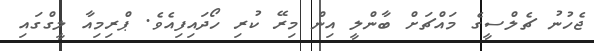
ޖެހުނު ޗެލްސީގެ މައްޗަށް ބާންލީ އިން މިރޭ ކުރި ހޯދައިފިއެވެ. ޕްރިމިއާ ލީގްގައި